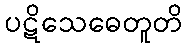
ပဋိသေဓေတူတိ